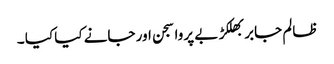
ظالم جابر بھلکڑ بے پروا سجن اور جانے کیا کیا ۔